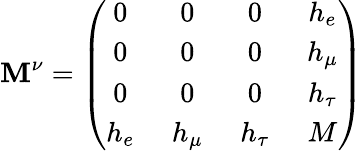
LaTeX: \mathbf{M}^{\nu}=\left(\begin{array}{cccc}{{0\, }}&{{\, 0\, }}&{{\, 0\, }}&{{\, h_{e}}}\\ {{0\, }}&{{\, 0\, }}&{{\, 0\, }}&{{\, h_{\mu}}}\\ {{0\, }}&{{\, 0\, }}&{{\, 0\, }}&{{\, h_{\tau}}}\\ {{h_{e}\, }}&{{\, h_{\mu}\, }}&{{\, h_{\tau}\, }}&{{\, M}}\end{array}\right)